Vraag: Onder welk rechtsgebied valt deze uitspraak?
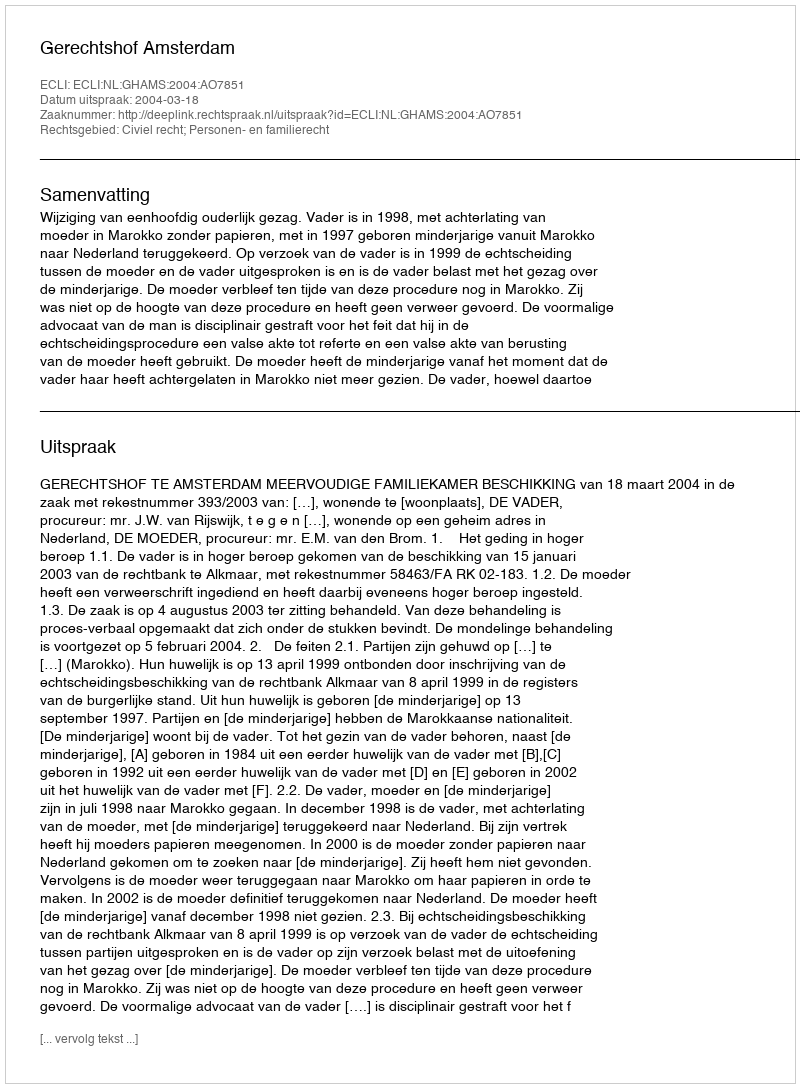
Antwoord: Civiel recht; Personen- en familierecht